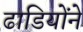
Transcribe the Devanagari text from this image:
ढाडियोंने